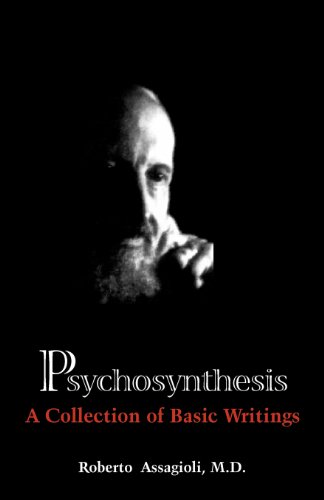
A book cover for Psychosynthesis: A Collection of Basic Writings; Roberto Assagioli; Medical Books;